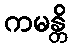
ကမန္တိ